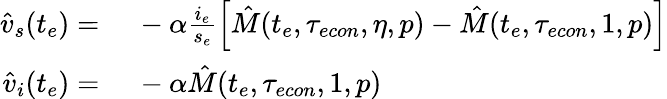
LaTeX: \begin{array}{rl}{\hat{v}_{s}(t_{e})=}&{{}\ -\alpha\frac{i_{e}}{s_{e}}\left[\hat{M}(t_{e},{\tau_{econ}},\eta,p)-\hat{M}(t_{e},{\tau_{econ}},1,p)\right]}\\ {\hat{v}_{i}(t_{e})=}&{{}\ -\alpha\hat{M}(t_{e},{\tau_{econ}},1,p)}\end{array}